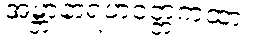
အမ္ဘာနာရဟဝတ္တကထာ။